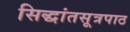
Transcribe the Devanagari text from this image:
सिद्धांतसूत्रपाठ